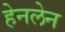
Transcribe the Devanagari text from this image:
हेनलेन